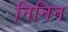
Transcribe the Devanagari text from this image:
निनिन